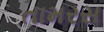
તામરસ